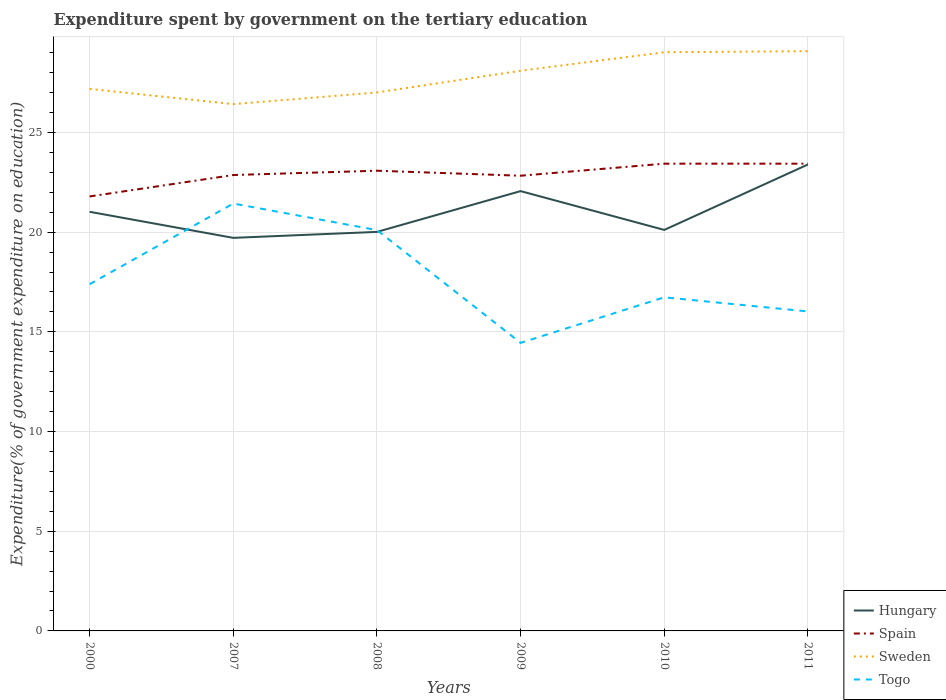
| Years | Hungary | Spain | Sweden | Togo |
 | --- | --- | --- | --- | --- |
 | 2000 | 21 | 21.8 | 27.2 | 17.4 |
 | 2007 | 19.7 | 22.9 | 26.4 | 21.4 |
 | 2008 | 20 | 23.1 | 27 | 20.1 |
 | 2009 | 22.1 | 22.8 | 28.1 | 14.4 |
 | 2010 | 20.1 | 23.4 | 29 | 16.7 |
 | 2011 | 23.4 | 23.4 | 29.1 | 16 |